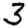
Digit: 3